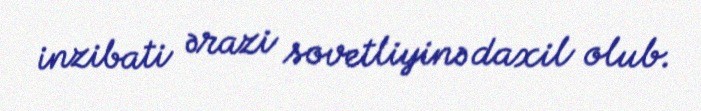
inzibati ərazi sovetliyinə daxil olub.